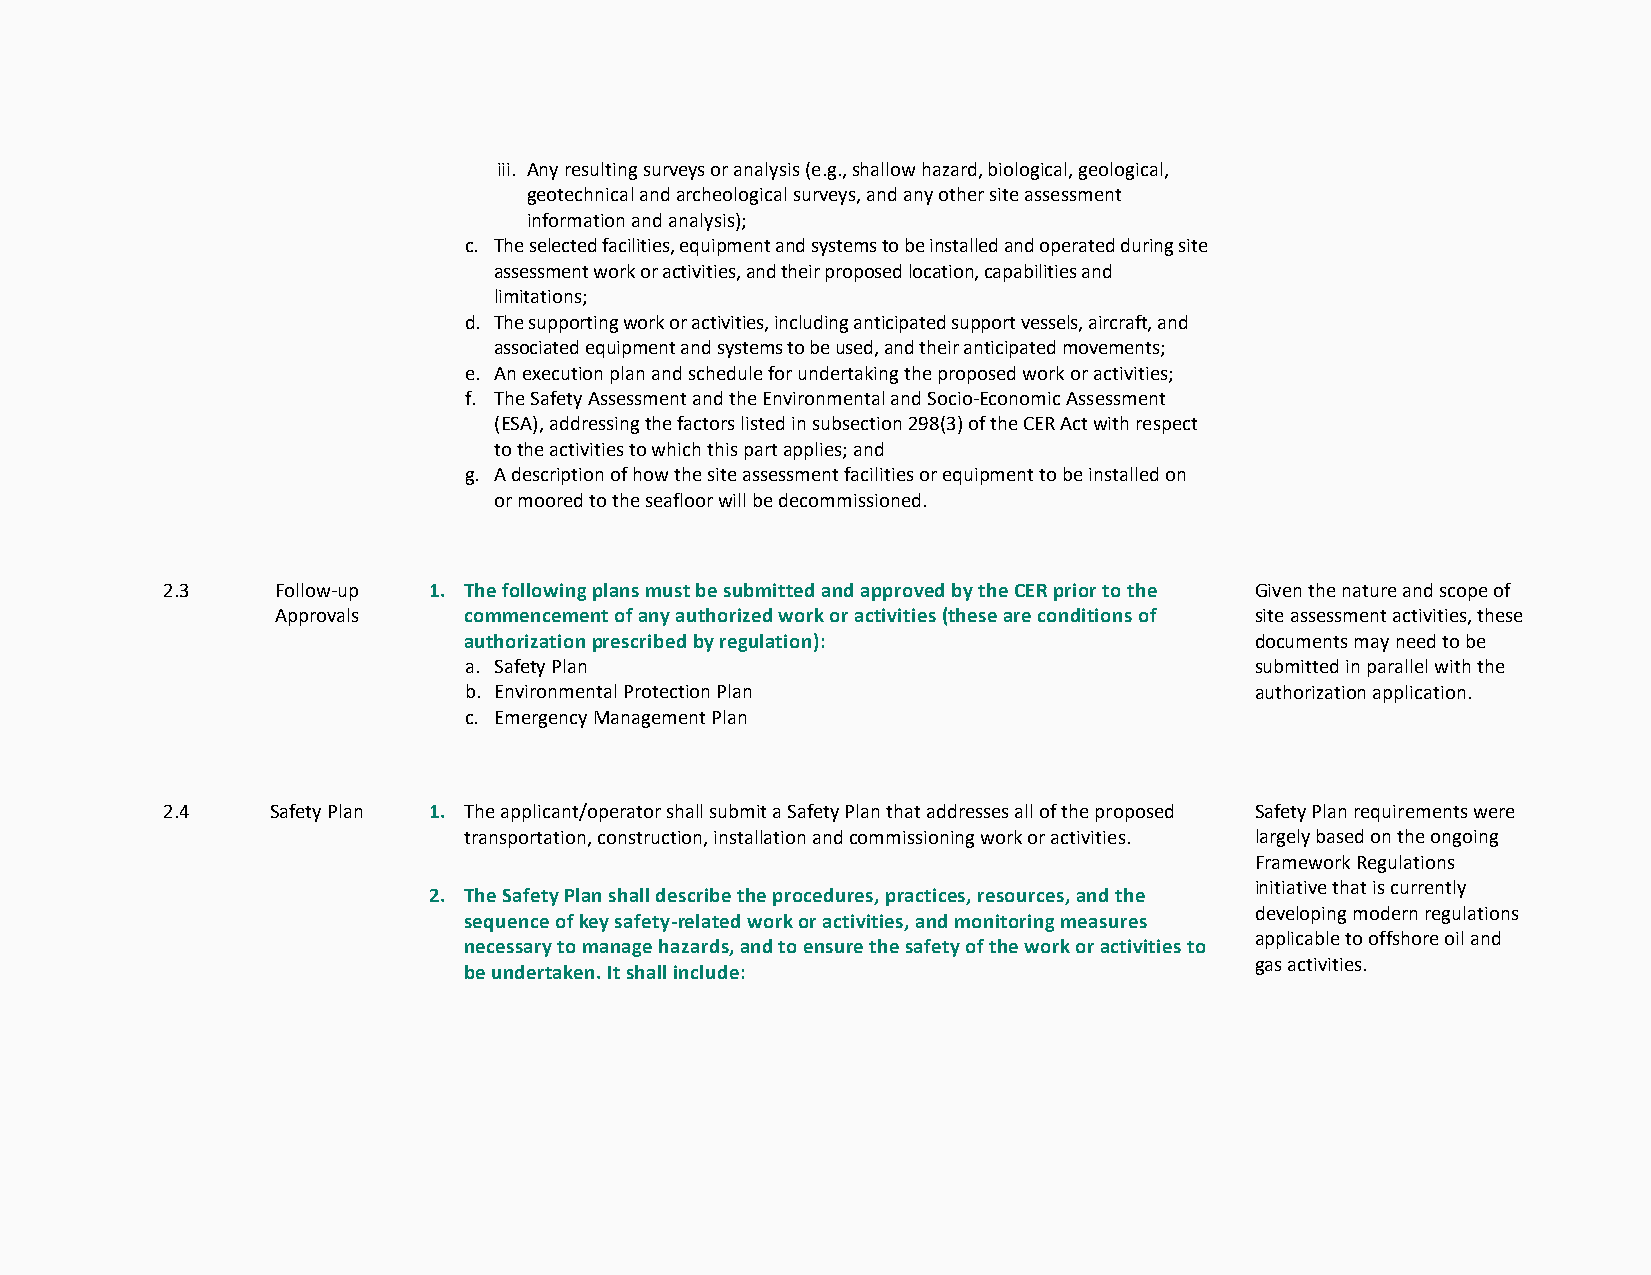
iii. Any resulting surveys or analysis (e.g., shallow hazard, biological, geological,
 geotechnical and archeological surveys, and any other site assessment
 information and analysis);
 c. The selected facilities, equipment and systems to be installed and operated during site
 assessment work or activities, and their proposed location, capabilities and
 limitations;
 d. The supporting work or activities, including anticipated support vessels, aircraft, and
 associated equipment and systems to be used, and their anticipated movements;
 e. An execution plan and schedule for undertaking the proposed work or activities;
 f. The Safety Assessment and the Environmental and Socio-Economic Assessment
 (ESA), addressing the factors listed in subsection 298(3) of the CER Act with respect
 to the activities to which this part applies; and
 g. A description of how the site assessment facilities or equipment to be installed on
 or moored to the seafloor will be decommissioned.
 2.3    Follow-up 1. The following plans must be submitted and approved by the CER prior to the Given the nature and scope of
 Approvals    commencement of any authorized work or activities (these are conditions of site assessment activities, these
 authorization prescribed by regulation):            documents may need to be
 a. Safety Plan                                      submitted in parallel with the
 b. Environmental Protection Plan                    authorization application.
 c. Emergency Management Plan
 2.4    Safety Plan 1. The applicant/operator shall submit a Safety Plan that addresses all of the proposed Safety Plan requirements were
 transportation, construction, installation and commissioning work or activities. largely based on the ongoing
 Framework Regulations
 initiative that is currently
 2. The Safety Plan shall describe the procedures, practices, resources, and the
 developing modern regulations
 sequence of key safety-related work or activities, and monitoring measures
 applicable to offshore oil and
 necessary to manage hazards, and to ensure the safety of the work or activities to
 gas activities.
 be undertaken. It shall include: